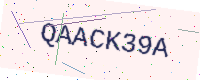
Text: QAACK39A